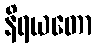
နိရယတော